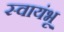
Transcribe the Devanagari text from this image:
स्वायंभू